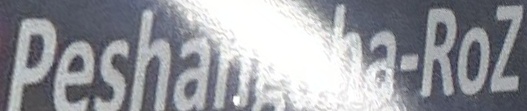
Peshangaha-Roz